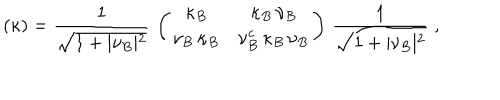
( \kappa ) = { \frac { 1 } { \sqrt { 1 + \vert \nu _ { B } \vert ^ { 2 } } } } \, \left( \begin{array} { c c } { { \kappa _ { B } } } & { { \kappa _ { B } \, \nu _ { B } } } \\ { { \nu _ { B } \, \kappa _ { B } } } & { { \nu _ { B } ^ { c } \, \kappa _ { B } \, \nu _ { B } } } \\ \end{array} \right) \, { \frac { 1 } { \sqrt { 1 + \vert \nu _ { B } \vert ^ { 2 } } } } \; ,